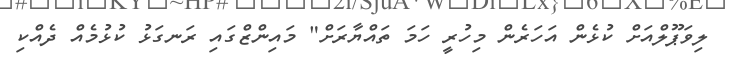
ލިވަޕޫލްއަށް ކުޅެން އަހަރެން މިހުރީ ހަމަ ތައްޔާރަށް" މައިންޒްގައި ރަނގަޅު ކުޅުމެއް ދެއްކި